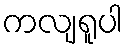
ကလျရူပါ